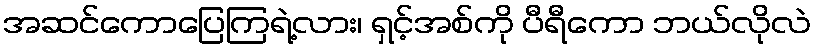
အဆင်ကောပြေကြရဲ့လား၊ ရှင့်အစ်ကို ပီရီကော ဘယ်လိုလဲ